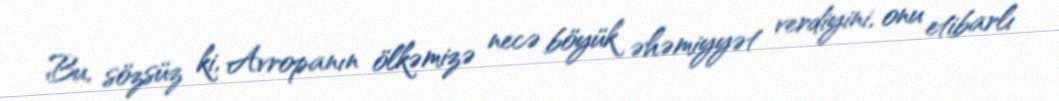
Bu, sözsüz ki, Avropanın ölkəmizə necə böyük əhəmiyyət verdiyini, onu etibarlı